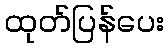
ထုတ်ပြန်ပေး